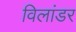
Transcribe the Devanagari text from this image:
विलांडर